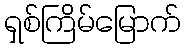
ရှစ်ကြိမ်မြောက်